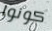
كونوا